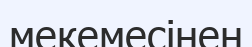
мекемесінен